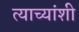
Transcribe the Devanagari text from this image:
त्याच्यांशी